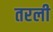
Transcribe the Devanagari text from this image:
तरली